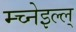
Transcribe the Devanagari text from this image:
म्च्नेइल्ल्